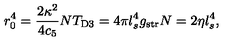
r _ { 0 } ^ { 4 } = \frac { 2 \kappa ^ { 2 } } { 4 c _ { 5 } } N T _ { \mathrm { D 3 } } = 4 \pi l _ { s } ^ { 4 } g _ { \mathrm { s t r } } N = 2 \eta l _ { s } ^ { 4 } ,